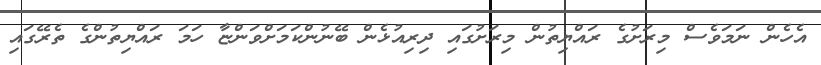
އެހެން ނަމަވެސް މިރަށުގެ ރައްޔިތުން މިރަށުގައި ދިރިއުޅެން ބޭނުންކަމަށްވަންޏާ ހަމަ ރައްޔިތުންގެ ތެރޭގައި